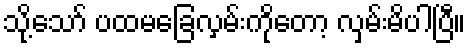
သို့သော် ပထမခြေလှမ်းကိုတော့ လှမ်းမိပါပြီ။